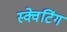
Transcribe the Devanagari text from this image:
स्क्वेटिंग